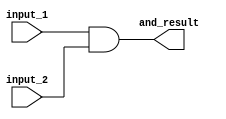
module and_gate(
    input input_1,
    input input_2,
    output and_result
);
    assign and_result = input_1 & input_2;
endmodule